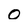
Character: o